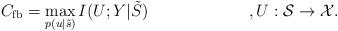
LaTeX: \begin{align*}C_{\mathrm{fb}}&=\max_{p(u|\tilde{s})}I(U;Y|\tilde{S})&,U:\mathcal{S}\to \mathcal{X}.\end{align*}